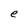
Character: e